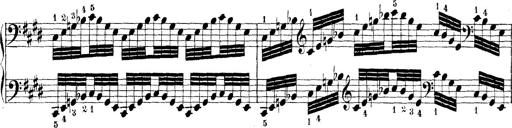
Title: Technische Studien
Composer: Franz Liszt